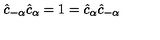
\hat { c } _ { - \alpha } \hat { c } _ { \alpha } = 1 = \hat { c } _ { \alpha } \hat { c } _ { - \alpha }